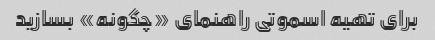
برای تهیه اسموتی راهنمای «چگونه» بسازید